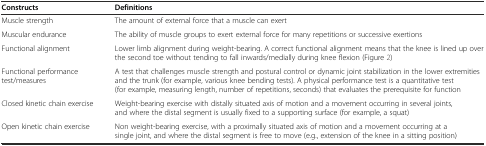
<table><thead><tr><td><b>Constructs</b></td><td><b>Definitions</b></td></tr></thead><tbody><tr><td>Muscle strength</td><td>The amount of external force that a muscle can exert</td></tr><tr><td>Muscular endurance</td><td>The ability of muscle groups to exert external force for many repetitions or successive exertions</td></tr><tr><td>Functional alignment</td><td>Lower limb alignment during weight-bearing. A correct functional alignment means that the knee is lined up over the second toe without tending to fall inwards/medially during knee flexion (Figure 2)</td></tr><tr><td>Functional performance test/measures</td><td>A test that challenges muscle strength and postural control or dynamic joint stabilization in the lower extremities and the trunk (for example, various knee bending tests). A physical performance test is a quantitative test (for example, measuring length, number of repetitions, seconds) that evaluates the prerequisite for function</td></tr><tr><td>Closed kinetic chain exercise</td><td>Weight-bearing exercise with distally situated axis of motion and a movement occurring in several joints, and where the distal segment is usually fixed to a supporting surface (for example, a squat)</td></tr><tr><td>Open kinetic chain exercise</td><td>Non weight-bearing exercise, with a proximally situated axis of motion and a movement occurring at a single joint, and where the distal segment is free to move (e.g., extension of the knee in a sitting position)</td></tr></tbody></table>